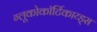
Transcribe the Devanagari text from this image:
ग्लूकोकॉर्टिकाय्ड्स